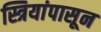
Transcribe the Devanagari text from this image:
स्त्रियांपासून